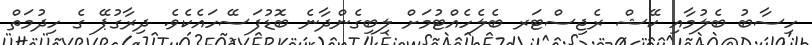
ހިސާބު ބެލުމާއި ކޭޝް ރެޖިސްޓަރ ބެލެހެއްޓުމަށް ލިބިގެންދާނެ ބޮޑުފަސޭހައެކެވެ. ދިރާގުޕޭ ގެ ހިދުމަތް